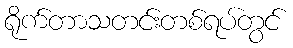
ရိုက်တာသတင်းတစ်ရပ်တွင်